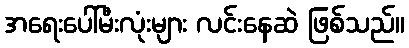
အရေးပေါ်မီးလုံးများ လင်းနေဆဲ ဖြစ်သည်။